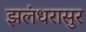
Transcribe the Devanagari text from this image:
झलंधरासुर